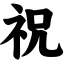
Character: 祝